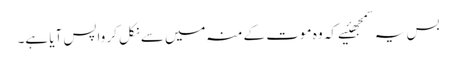
بس یہ سمجھئیے کہ وہ موت کے منہ میں‌سے نکل کر واپس آیا ہے۔